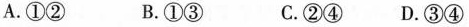
A.①② B.①③ C.②④ D.③④